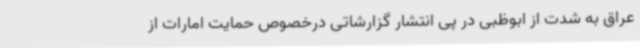
عراق به شدت از ابوظبی در پی انتشار گزارشاتی درخصوص حمایت امارات از